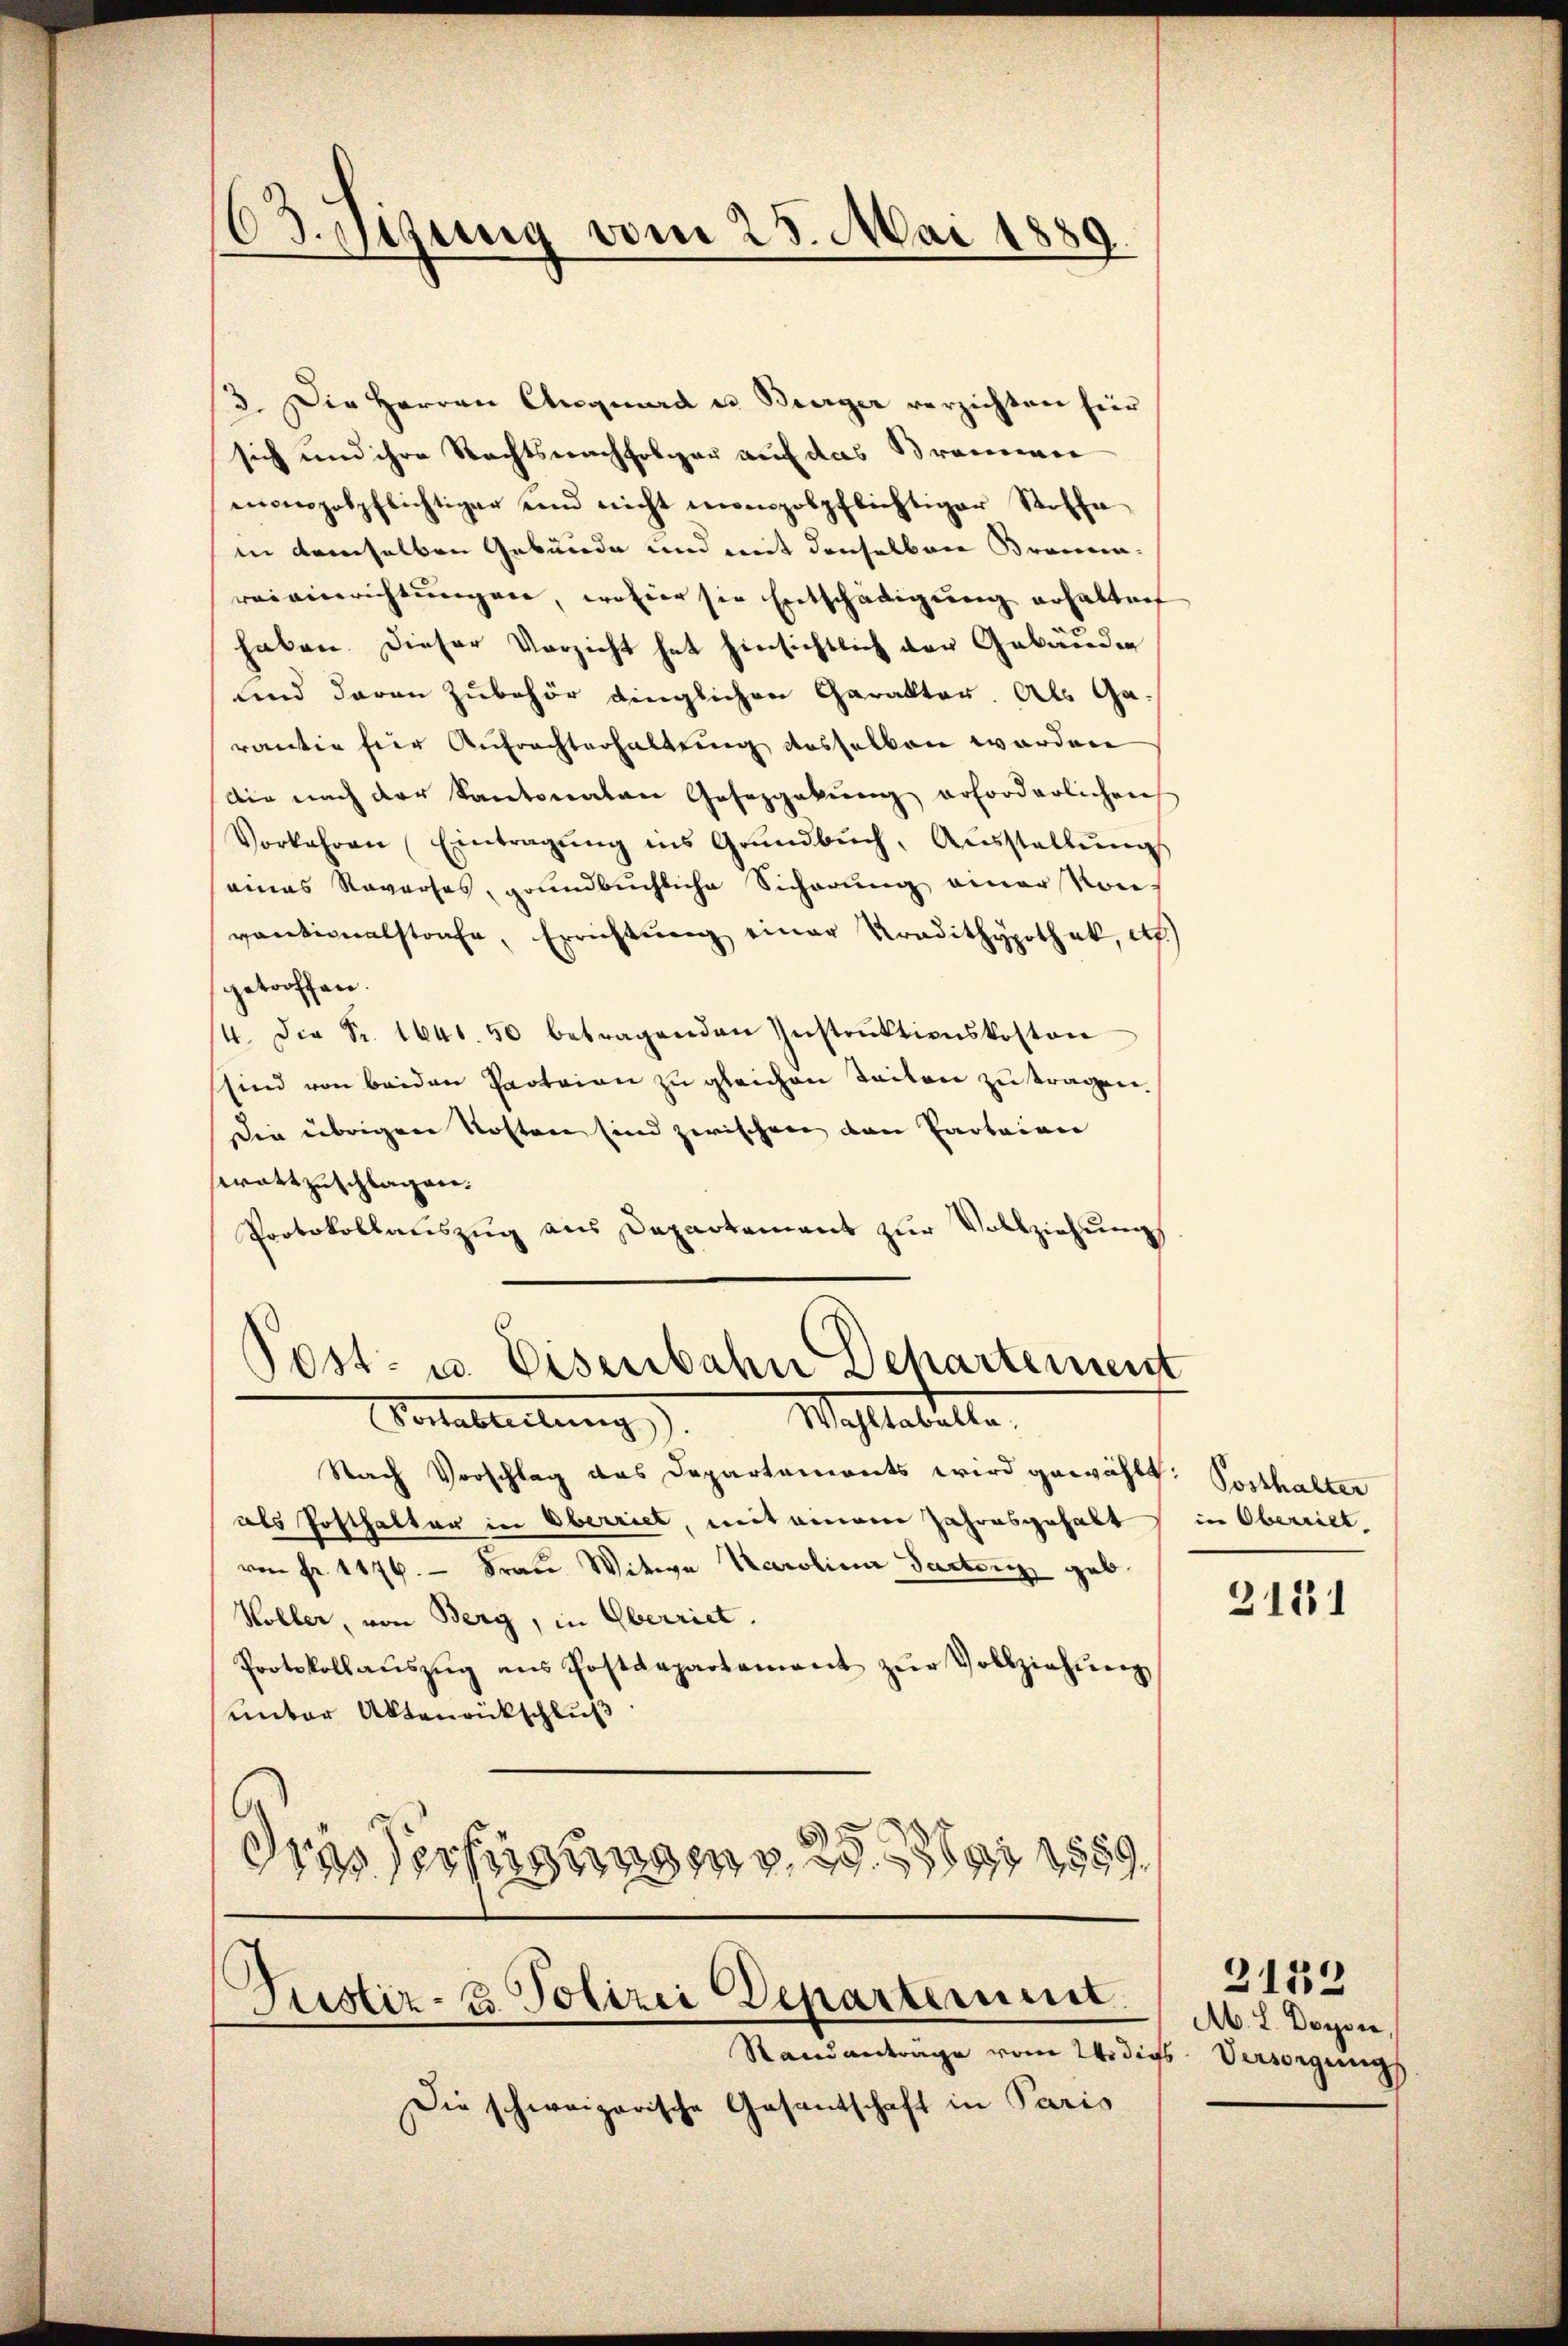
Odigung vom 28. Mai 1889.

3. Die Herren Anguard u. Burger verzichten für
sich und ihre Rechtsnachfolger auf das Brammen
mongolpflichtiger und nicht monopolpflichtiger Stoffe
in demselben Gebäude und mit denselben Braun-
reiverrichtungen, wo hier sie Entschädigung erhalten
haben. Dieser Vorsicht hat hinsichtlich der Gebäude
und daran zubehör dinglichen Carakter. Als Ga-
rantie für Aufrachterhaltung desselben worden
die nach der Kantonalen Gesezgakŭng erforderlichen
Vorkehren (Eintragŭng ins Grŭndbŭch, Aŭsstellŭng
eines Reverses, grundbuchliche Sicherung einer von
vationalstrafe, Errichtŭng einer Tradithypothek, etc.)
getroffen.
4. Die Fr. 1641. 50 betragenden Instrŭktionskosten
sind von beiden Parteien zŭ gleichen Teilen zu tragen.
Die übrigen Kosten sind zwischen den Parteien
wattzuschlagen.
Protokollauszug aus Departement zŭr Vollziehŭng

Post- u. Eisenbahn Departement
alableitung). Waltabelle

Nach Vorschlag das Departaments wird gewählt: Posthalter
als Posthalter in Oberriet, mit einem Jahresgehabt
von Fr. 1176.  Frau Witwe Karolina Partenz geb
Koller, von Berg, in Oberriet.
Protokollaŭszŭg ans Postdepartement zŭr Vollziehŭng
unter Aktenrückschluß
dres Verfügung 2 Mai 1859

Justiz- u. Polizei Departement.
Randantrage vom Widigs-Versorgungs

Die schweizerische Gesantschaft in Paris

in Oberriet.

3181

2132
M. L. Boyve,